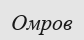
Омров